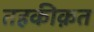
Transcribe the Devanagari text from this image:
तहकीक़त